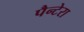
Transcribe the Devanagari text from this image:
पैन्टेरा